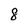
Character: 8